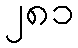
၂၈၁